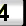
Digit: 3